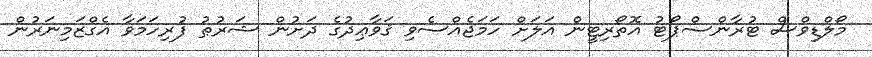
މޯލްޑިވްސް ޓުރާންސްޕޯޓު އޮތޯރިޓީން އަލަށް ހަމަޖެއްސެވި ޤަވާޢިދުގެ ދަށުން ޝަރުޠު ފުރިހަމަވާ އެގްޒަމިނަރުން